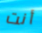
أنت